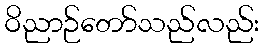
ဝိညာဉ်တော်သည်လည်း